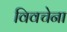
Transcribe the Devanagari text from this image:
विवचेना